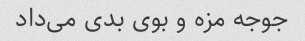
جوجه مزه و بوی بدی می‌داد